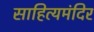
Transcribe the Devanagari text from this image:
साहित्यमंदिर